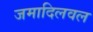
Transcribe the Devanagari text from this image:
जमादिलवल